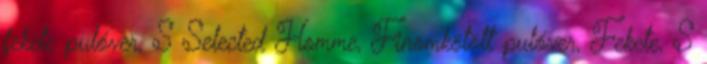
fekete pulóver, S Selected Homme, Finomkötött pulóver, Fekete, S